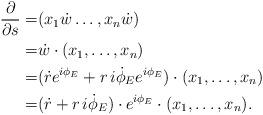
LaTeX: \begin{align*}\frac{\partial}{\partial s}=&(x_1\dot{w} \ldots ,x_n \dot{w})\\=&\dot{w}\cdot (x_1, \ldots ,x_n)\\=&(\dot{r}e^{i\phi_E} +r\,i\dot{\phi}_E e^{i\phi _E})\cdot (x_1, \ldots ,x_n)\\=&(\dot{r} +r\,i\dot{\phi}_E )\cdot e^{i\phi _E} \cdot (x_1, \ldots ,x_n).\\\end{align*}